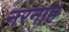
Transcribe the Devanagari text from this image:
नरनाह